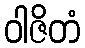
ဝါဇိတံ